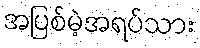
အပြစ်မဲ့အရပ်သား